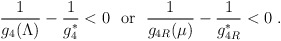
\begin{align*}{\frac{1}{g_4(\Lambda)}} - {\frac{1}{g^\ast_4}}<0 ~~\mbox{or}~~{\frac{1}{g_{4R}(\mu)}} - {\frac{1}{g^\ast_{4R}}}<0~.\end{align*}